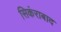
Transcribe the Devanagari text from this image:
सिकंराबाद